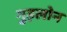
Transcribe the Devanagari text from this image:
गुइलोन